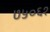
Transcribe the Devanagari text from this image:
७५०६१